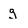
Character: g